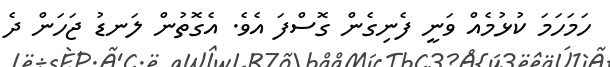
ހަމަހަމަ ކުޅުމެއް ވަނީ ފެނިގެން ގޮސްފަ އެވެ. އެގޮތުން ލަނޑު ޖަހަން ދެ